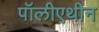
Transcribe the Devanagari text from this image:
पॉलीएथीन